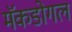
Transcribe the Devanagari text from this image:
मॅकडोगल